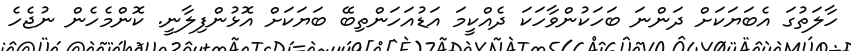
ހާލަތުގަ އެބަޔަކަށް ދަންނަ ބަހަކުންވާހަކަ ދެއްކީމަ އަޑުއަހަންތިބޭ ބަޔަކަށް އޮޅުންފިލާނީ. ކޮންމެހެން ނުޖެހެ